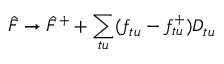
\hat { F } \rightarrow \hat { F } ^ { + } + \sum _ { t u } ( f _ { t u } - f _ { t u } ^ { + } ) D _ { t u }